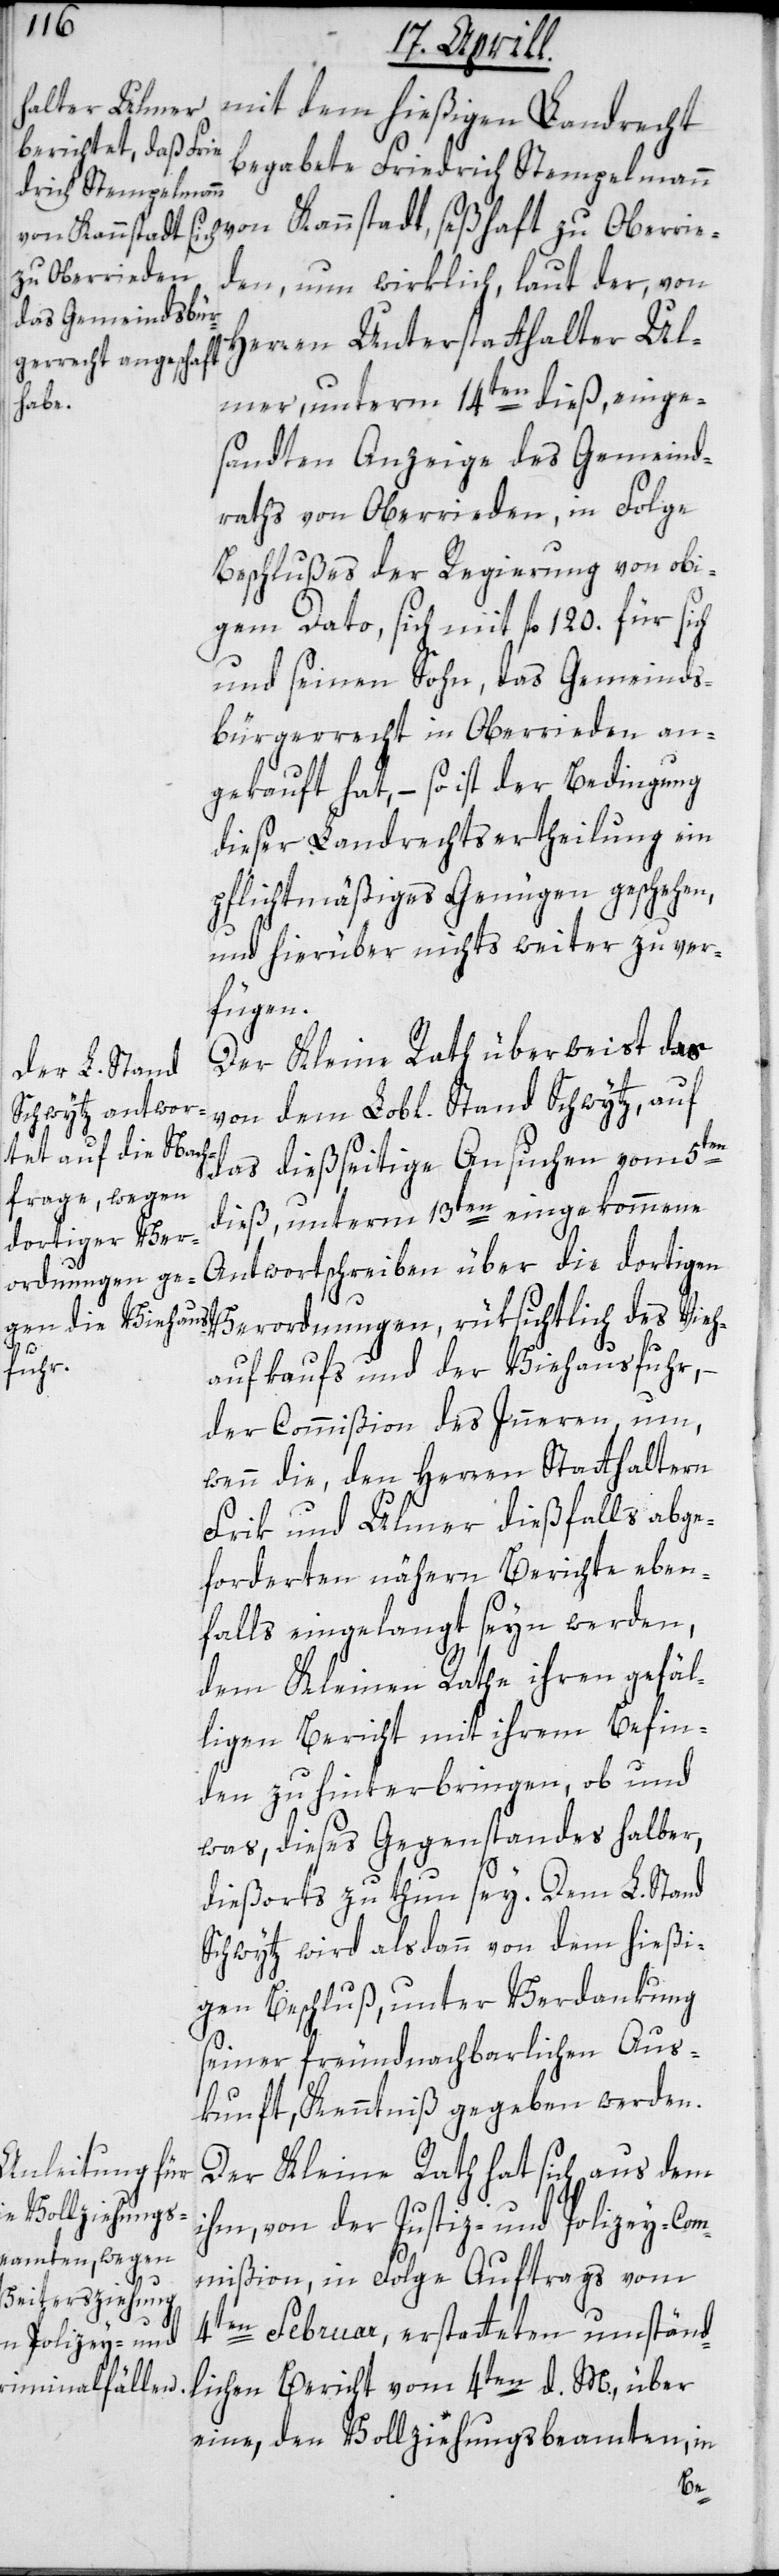
mit dem hießigen Landrecht
begabete Friedrich Stempelmann
von Kannstadt, seßhaft zu Oberrie¬
den, nun wirklich, laut der, von
Herren Unterstatthalter Ul¬
mer, unterm 14ten dieß, einge¬
sandten Anzeige des Gemeind¬
raths von Oberrieden, in Folge
Beschlußes der Regierung von obi¬
gem Dato, sich mit fl. 120. für sich
und seinen Sohn, das Gemeinds¬
bürgerrecht in Oberrieden an¬
gekauft hat, – so ist der Bedingung
dieser Landrechtsertheilung ein
pflichtmäßiges Genügen geschehen,
und hierüber nichts weiter zu ver¬
fügen.
Der Kleine Rath überweist das
von dem Lobl. Stand Schwytz, auf
das dießseitige Ansuchen vom 5ten
dieß, unterm 13ten eingekommene
Antwortschreiben über die dortigen
ordnungen, rü¬
Vieh¬
aufkaufs und der Viehausfuhr, –
der Commißion des Innern um,
wenn die, den Herren Statthaltern
Frik und Ulmer dießfalls abge¬
forderten nähern Berichte eben¬
falls eingelangt seyn werden,
dem Kleinen Rathe ihren gefäl¬
ligen Bericht mit ihrem Befin¬
den zu hinterbringen, ob und
was, dieses Gegenstandes halber,
dießorts zu thun sey. Dem L. Stand
Schwytz wird alsdann von dem hießi¬
gen Beschluß, unter Verdankung
seiner freundnachbarlichen Aus¬
kunft, Kenntniß gegeben werden.
Der Kleine Rath hat sich aus dem
ihm, von der Justiz- und Polizey-Com¬
mißion, in Folge Auftrags vom
4ten Februar, erstatteten umständ¬
lichen Bericht vom 4ten d. M., über
eine, den Vollziehungsbeamten, in
Ver¬